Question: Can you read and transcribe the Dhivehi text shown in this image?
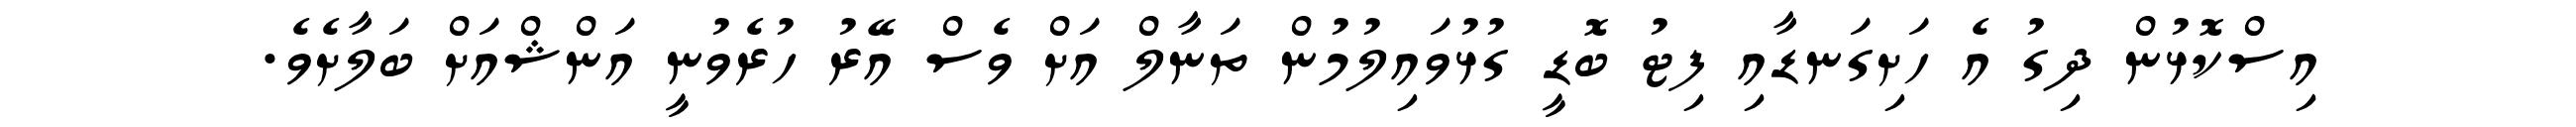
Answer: އިސްކޮޅުން ދިގު އެ ހަށިގަނޑާއި ފިޓު ބޮޑީ ގުޅުވައިލުމުން ތަނާލް އަށް ވެސް އޭރު ހުރެވުނީ އަންޝްއަށް ބަލާށެވެ.